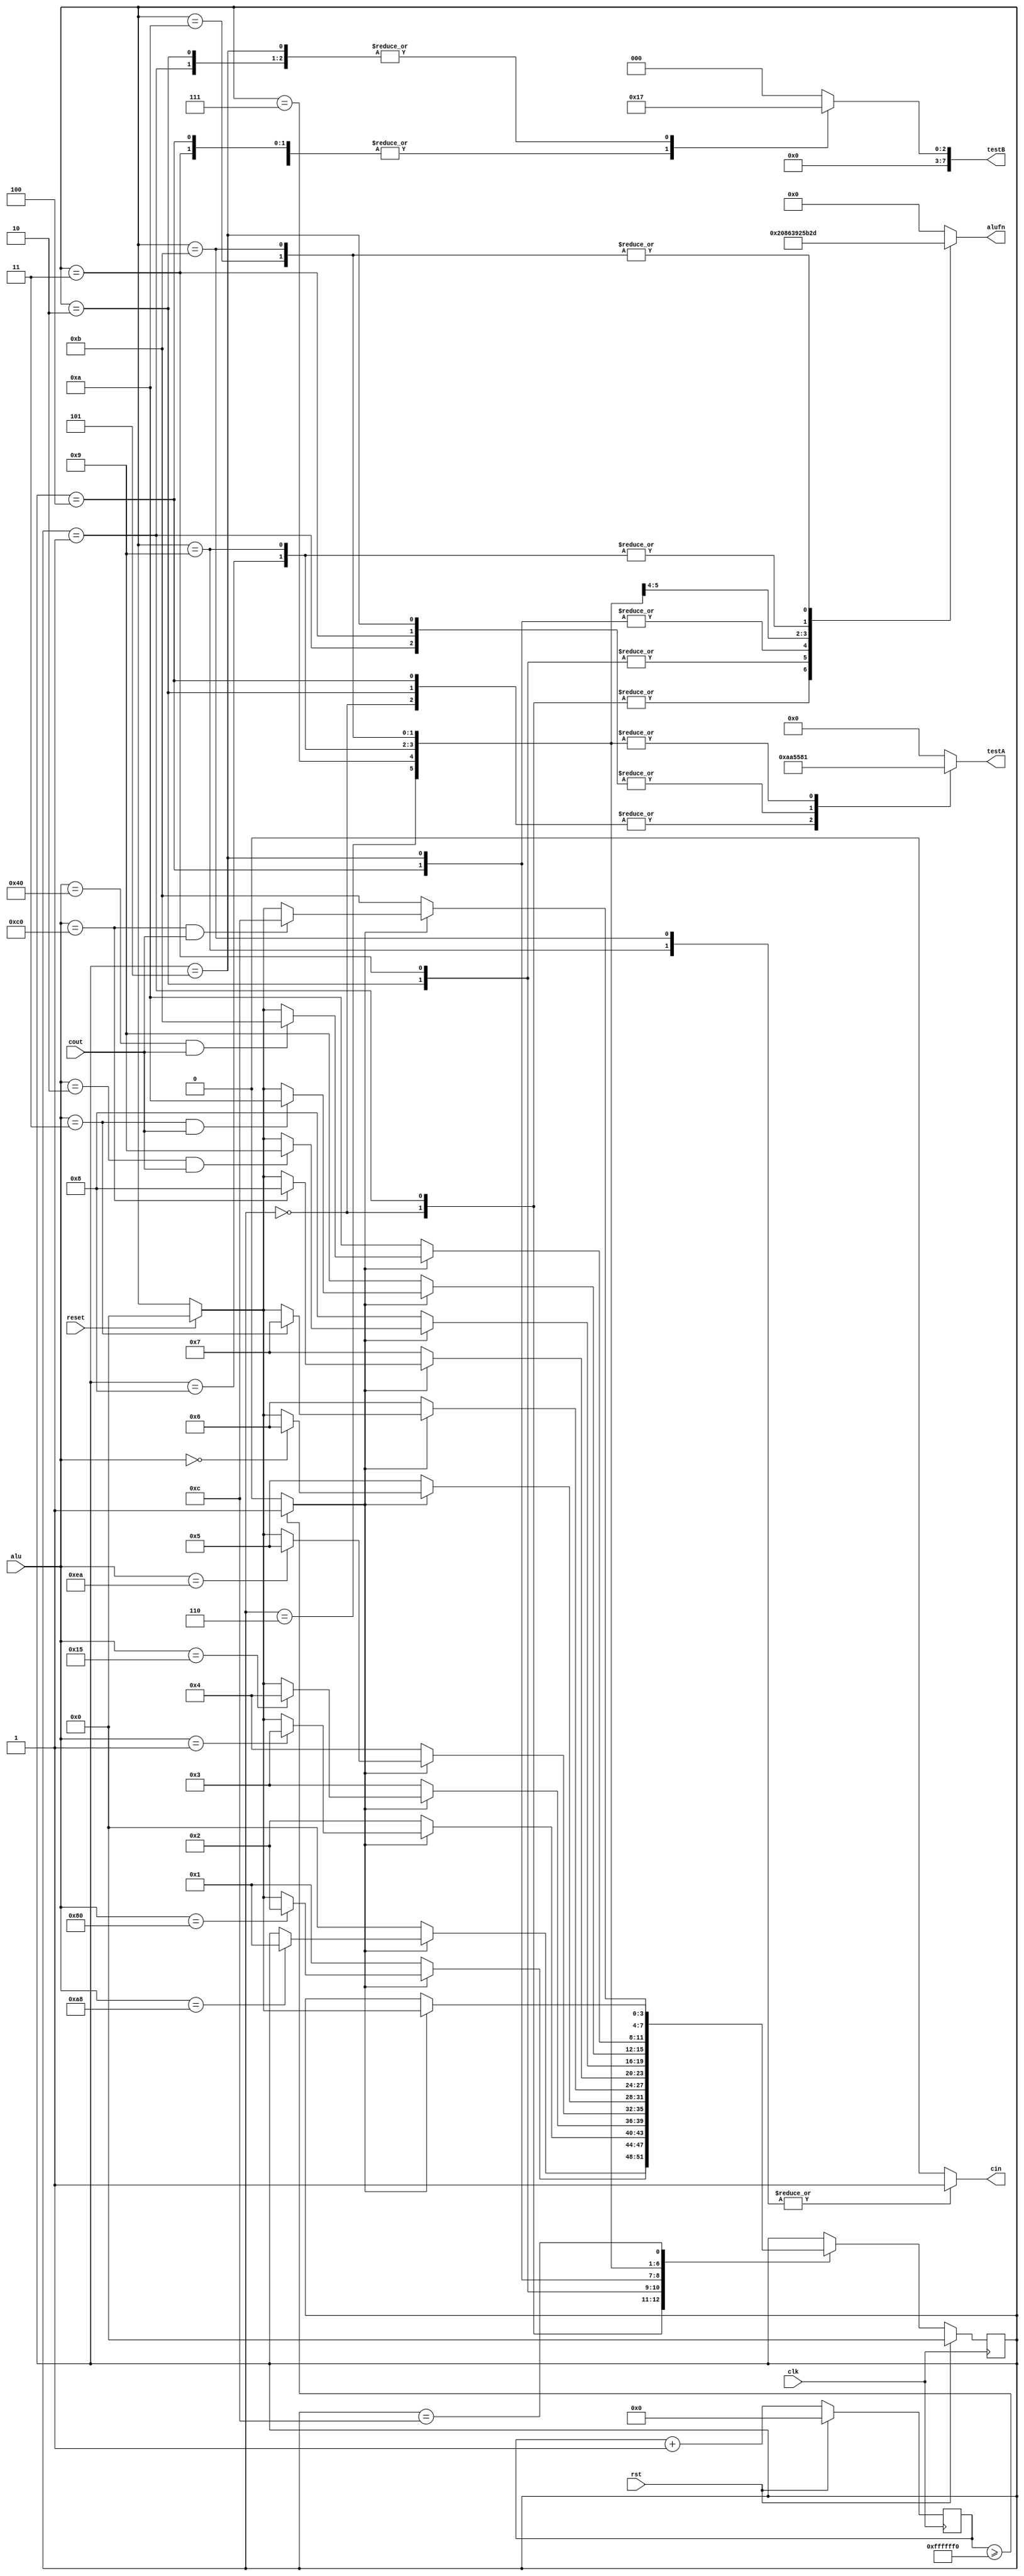
/*
   This file was generated automatically by the Mojo IDE version B1.3.6.
   Do not edit this file directly. Instead edit the original Lucid source.
   This is a temporary file and any changes made to it will be destroyed.
*/

module shift_test_23 (
    input clk,
    input rst,
    input [7:0] alu,
    output reg [7:0] testA,
    output reg [7:0] testB,
    output reg [5:0] alufn,
    output reg cin,
    input cout,
    input reset
  );
  
  
  
  
  localparam SHLTEST0_state = 4'd0;
  localparam SHLTEST1_state = 4'd1;
  localparam SHRTEST0_state = 4'd2;
  localparam SHRTEST1_state = 4'd3;
  localparam SRATEST0_state = 4'd4;
  localparam SRATEST1_state = 4'd5;
  localparam RLTEST0_state = 4'd6;
  localparam RRTEST0_state = 4'd7;
  localparam RLCTEST0_state = 4'd8;
  localparam RLCTEST1_state = 4'd9;
  localparam RRCTEST0_state = 4'd10;
  localparam RRCTEST1_state = 4'd11;
  localparam END_state = 4'd12;
  
  reg [3:0] M_state_d, M_state_q = SHLTEST0_state;
  
  reg [27:0] M_counter_d, M_counter_q = 1'h0;
  
  reg getNextState;
  
  reg resetFSM;
  
  always @* begin
    M_state_d = M_state_q;
    M_counter_d = M_counter_q;
    
    testA = 1'h0;
    testB = 1'h0;
    alufn = 1'h0;
    cin = 1'h0;
    resetFSM = reset;
    M_counter_d = M_counter_q + 1'h1;
    if (M_counter_q >= 28'hffffff0) begin
      getNextState = 1'h1;
    end else begin
      getNextState = 1'h0;
    end
    
    case (M_state_q)
      SHLTEST0_state: begin
        testA = 8'haa;
        testB = 8'h02;
        alufn = 6'h20;
        if (getNextState == 1'h1) begin
          if (alu == 8'ha8) begin
            M_state_d = SHLTEST1_state;
          end
        end else begin
          M_state_d = SHLTEST0_state;
        end
      end
      SHLTEST1_state: begin
        testA = 8'h55;
        testB = 8'h07;
        alufn = 6'h20;
        if (getNextState == 1'h1) begin
          if (alu == 8'h80) begin
            M_state_d = SHRTEST0_state;
          end else begin
            if (resetFSM == 1'h1) begin
              M_state_d = SHLTEST0_state;
            end
          end
        end else begin
          M_state_d = SHLTEST1_state;
        end
      end
      SHRTEST0_state: begin
        testA = 8'haa;
        testB = 8'h07;
        alufn = 6'h21;
        if (getNextState == 1'h1) begin
          if (alu == 8'h01) begin
            M_state_d = SHRTEST1_state;
          end else begin
            if (resetFSM == 1'h1) begin
              M_state_d = SHLTEST0_state;
            end
          end
        end else begin
          M_state_d = SHRTEST0_state;
        end
      end
      SHRTEST1_state: begin
        testA = 8'h55;
        testB = 8'h02;
        alufn = 6'h21;
        if (getNextState == 1'h1) begin
          if (alu == 8'h15) begin
            M_state_d = SRATEST0_state;
          end else begin
            if (resetFSM == 1'h1) begin
              M_state_d = SHLTEST0_state;
            end
          end
        end else begin
          M_state_d = SHRTEST1_state;
        end
      end
      SRATEST0_state: begin
        testA = 8'haa;
        testB = 8'h02;
        alufn = 6'h23;
        if (getNextState == 1'h1) begin
          if (alu == 8'hea) begin
            M_state_d = SRATEST1_state;
          end else begin
            if (resetFSM == 1'h1) begin
              M_state_d = SHLTEST0_state;
            end
          end
        end else begin
          M_state_d = SRATEST0_state;
        end
      end
      SRATEST1_state: begin
        testA = 8'h55;
        testB = 8'h07;
        alufn = 6'h23;
        if (getNextState == 1'h1) begin
          if (alu == 8'h00) begin
            M_state_d = RLTEST0_state;
          end else begin
            if (resetFSM == 1'h1) begin
              M_state_d = SHLTEST0_state;
            end
          end
        end else begin
          M_state_d = SRATEST1_state;
        end
      end
      RLTEST0_state: begin
        testA = 8'h81;
        testB = 1'h0;
        alufn = 6'h24;
        if (getNextState == 1'h1) begin
          if (alu == 8'h03) begin
            M_state_d = RRTEST0_state;
          end else begin
            if (resetFSM == 1'h1) begin
              M_state_d = SHLTEST0_state;
            end
          end
        end else begin
          M_state_d = RLTEST0_state;
        end
      end
      RRTEST0_state: begin
        testA = 8'h81;
        testB = 1'h0;
        alufn = 6'h25;
        if (getNextState == 1'h1) begin
          if (alu == 8'hc0) begin
            M_state_d = RLCTEST0_state;
          end else begin
            if (resetFSM == 1'h1) begin
              M_state_d = SHLTEST0_state;
            end
          end
        end else begin
          M_state_d = RRTEST0_state;
        end
      end
      RLCTEST0_state: begin
        testA = 8'h81;
        testB = 1'h0;
        alufn = 6'h2c;
        cin = 1'h0;
        if (getNextState == 1'h1) begin
          if (alu == 8'h02 && cout == 1'h1) begin
            M_state_d = RLCTEST1_state;
          end else begin
            if (resetFSM == 1'h1) begin
              M_state_d = SHLTEST0_state;
            end
          end
        end else begin
          M_state_d = RLCTEST0_state;
        end
      end
      RLCTEST1_state: begin
        testA = 8'h81;
        testB = 1'h0;
        alufn = 6'h2c;
        cin = 1'h1;
        if (getNextState == 1'h1) begin
          if (alu == 8'h03 && cout == 1'h1) begin
            M_state_d = RRCTEST0_state;
          end else begin
            if (resetFSM == 1'h1) begin
              M_state_d = SHLTEST0_state;
            end
          end
        end else begin
          M_state_d = RLCTEST1_state;
        end
      end
      RRCTEST0_state: begin
        testA = 8'h81;
        testB = 1'h0;
        alufn = 6'h2d;
        cin = 1'h0;
        if (getNextState == 1'h1) begin
          if (alu == 8'h40 && cout == 1'h1) begin
            M_state_d = RRCTEST1_state;
          end else begin
            if (resetFSM == 1'h1) begin
              M_state_d = SHLTEST0_state;
            end
          end
        end else begin
          M_state_d = RRCTEST0_state;
        end
      end
      RRCTEST1_state: begin
        testA = 8'h81;
        testB = 1'h0;
        alufn = 6'h2d;
        cin = 1'h1;
        if (getNextState == 1'h1) begin
          if (alu == 8'hc0 && cout == 1'h1) begin
            M_state_d = END_state;
          end else begin
            if (resetFSM == 1'h1) begin
              M_state_d = SHLTEST0_state;
            end
          end
        end else begin
          M_state_d = RRCTEST1_state;
        end
      end
      END_state: begin
        testA = 8'h00;
        testB = 8'h00;
        alufn = 6'h00;
        if (getNextState == 1'h1) begin
          if (resetFSM == 1'h1) begin
            M_state_d = SHLTEST0_state;
          end
        end
      end
    endcase
  end
  
  always @(posedge clk) begin
    if (rst == 1'b1) begin
      M_state_q <= 1'h0;
    end else begin
      M_state_q <= M_state_d;
    end
  end
  
  
  always @(posedge clk) begin
    if (rst == 1'b1) begin
      M_counter_q <= 1'h0;
    end else begin
      M_counter_q <= M_counter_d;
    end
  end
  
endmodule